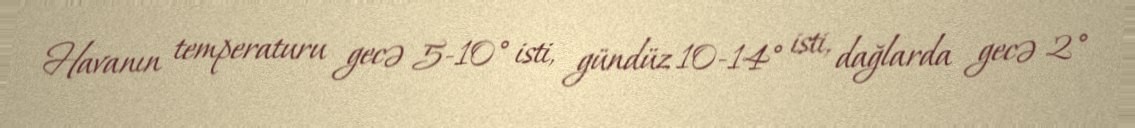
Havanın temperaturu gecə 5-10° isti, gündüz 10-14° isti, dağlarda gecə 2°